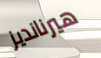
هيرنانديز